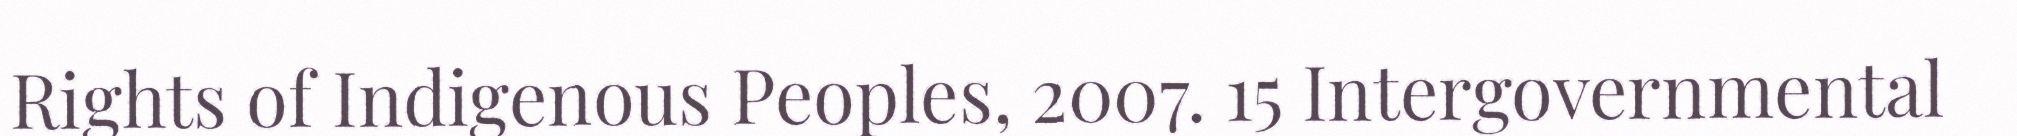
Rights of Indigenous Peoples, 2007. 15 Intergovernmental